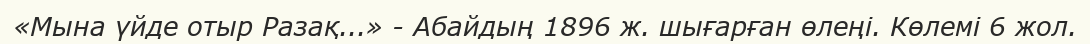
«Мына үйде отыр Разақ...» - Абайдың 1896 ж. шығарған өлеңі. Көлемі 6 жол.